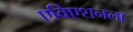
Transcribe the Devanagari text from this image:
एविएशनला